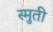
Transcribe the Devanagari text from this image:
स्मुती